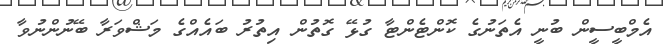
އެމްބީސީން ބުނީ އެތަނުގެ ކޮންޓެންޓާ ގުޅޭ ގޮތުން އިތުރު ބައެއްގެ މަޝްވަރާ ބޭނުންނުވާ